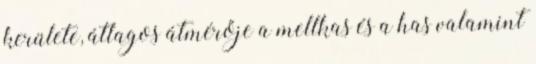
kerülete, átlagos átmérője a mellkas és a has valamint